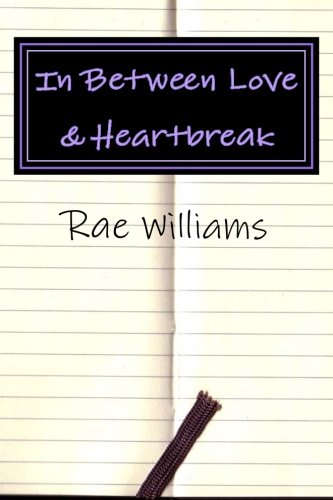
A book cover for In Between Love & Heartbreak: A collection of poems on Love, Heartbreak & Everything In-Between; Rae Williams; Literature & Fiction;